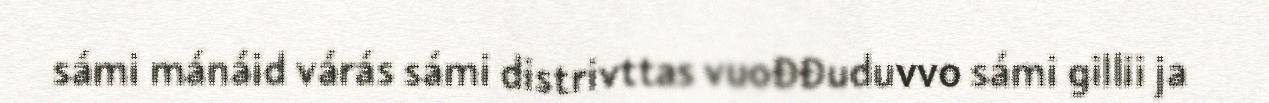
sámi mánáid várás sámi distrivttas vuođđuduvvo sámi gillii ja